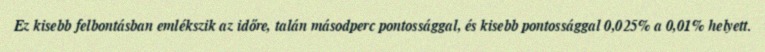
Ez kisebb felbontásban emlékszik az időre, talán másodperc pontossággal, és kisebb pontossággal 0,025% a 0,01% helyett.